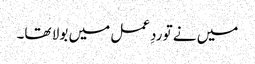
میں نے تو ردِعمل میں بولا تھا۔